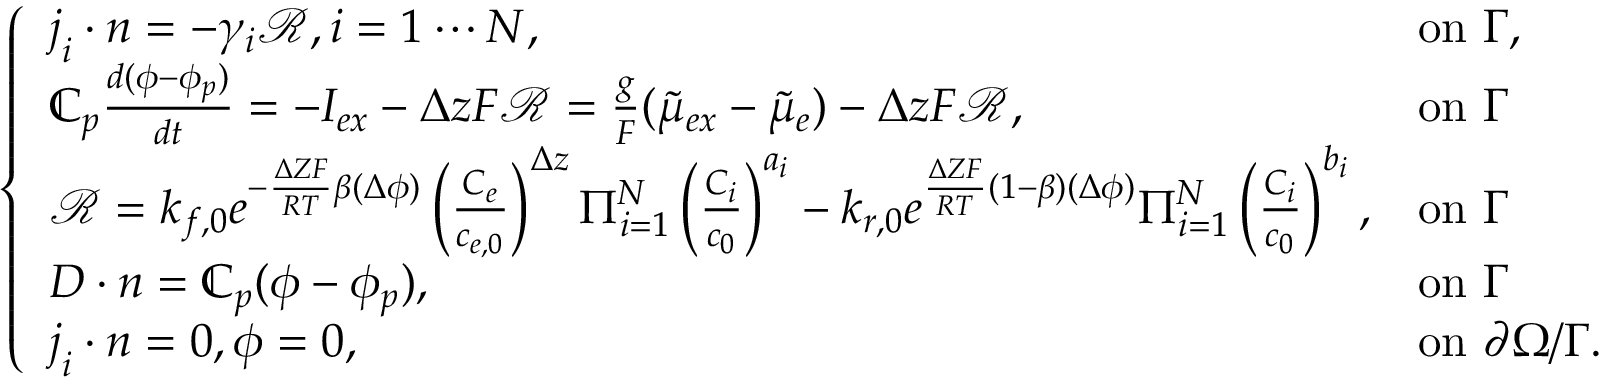
\left\{ \begin{array} { l l } { \boldsymbol { j } _ { i } \cdot \boldsymbol { n } = - \gamma _ { i } \mathcal { R } , i = 1 \cdots N , } & { \mathrm { o n ~ } \Gamma , } \\ { \mathbb { C } _ { p } \frac { d ( \phi - \phi _ { p } ) } { d t } = - I _ { e x } - \Delta z F \mathcal { R } = \frac { g } { F } ( \tilde { \mu } _ { e x } - \tilde { \mu } _ { e } ) - \Delta z F \mathcal { R } , } & { \mathrm { o n ~ } \Gamma } \\ { \mathcal { R } = k _ { f , 0 } e ^ { - \frac { \Delta Z F } { R T } \beta ( \Delta \phi ) } \left( \frac { C _ { e } } { c _ { e , 0 } } \right) ^ { \Delta z } \Pi _ { i = 1 } ^ { N } \left( \frac { C _ { i } } { c _ { 0 } } \right) ^ { a _ { i } } - k _ { r , 0 } e ^ { \frac { \Delta Z F } { R T } ( 1 - \beta ) ( \Delta \phi ) } \Pi _ { i = 1 } ^ { N } \left( \frac { C _ { i } } { c _ { 0 } } \right) ^ { b _ { i } } , } & { \mathrm { o n ~ } \Gamma } \\ { \boldsymbol { D } \cdot \boldsymbol { n } = \mathbb { C } _ { p } ( \phi - \phi _ { p } ) , } & { \mathrm { o n ~ } \Gamma } \\ { \boldsymbol { j } _ { i } \cdot \boldsymbol { n } = 0 , \phi = 0 , } & { \mathrm { o n ~ } \partial \Omega / \Gamma . } \end{array} \right.